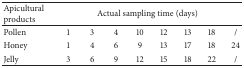
| Apicultural products | <COLSPAN=8> Actual sampling time (days) |
 | --- | --- | --- | --- | --- | --- | --- | --- | --- |
 | Pollen | 1 | 3 | 4 | 10 | 12 | 13 | 18 | / |
 | Honey | 1 | 4 | 6 | 9 | 13 | 17 | 18 | 24 |
 | Jelly | 3 | 6 | 9 | 12 | 15 | 18 | 22 | / |